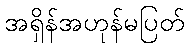
အရှိန်အဟုန်မပြတ်